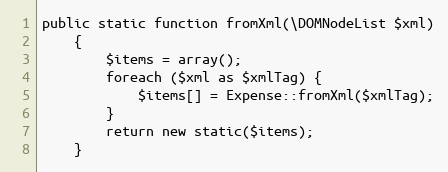
Language: PHP
public static function fromXml(\DOMNodeList $xml)
    {
        $items = array();
        foreach ($xml as $xmlTag) {
            $items[] = Expense::fromXml($xmlTag);
        }
        return new static($items);
    }